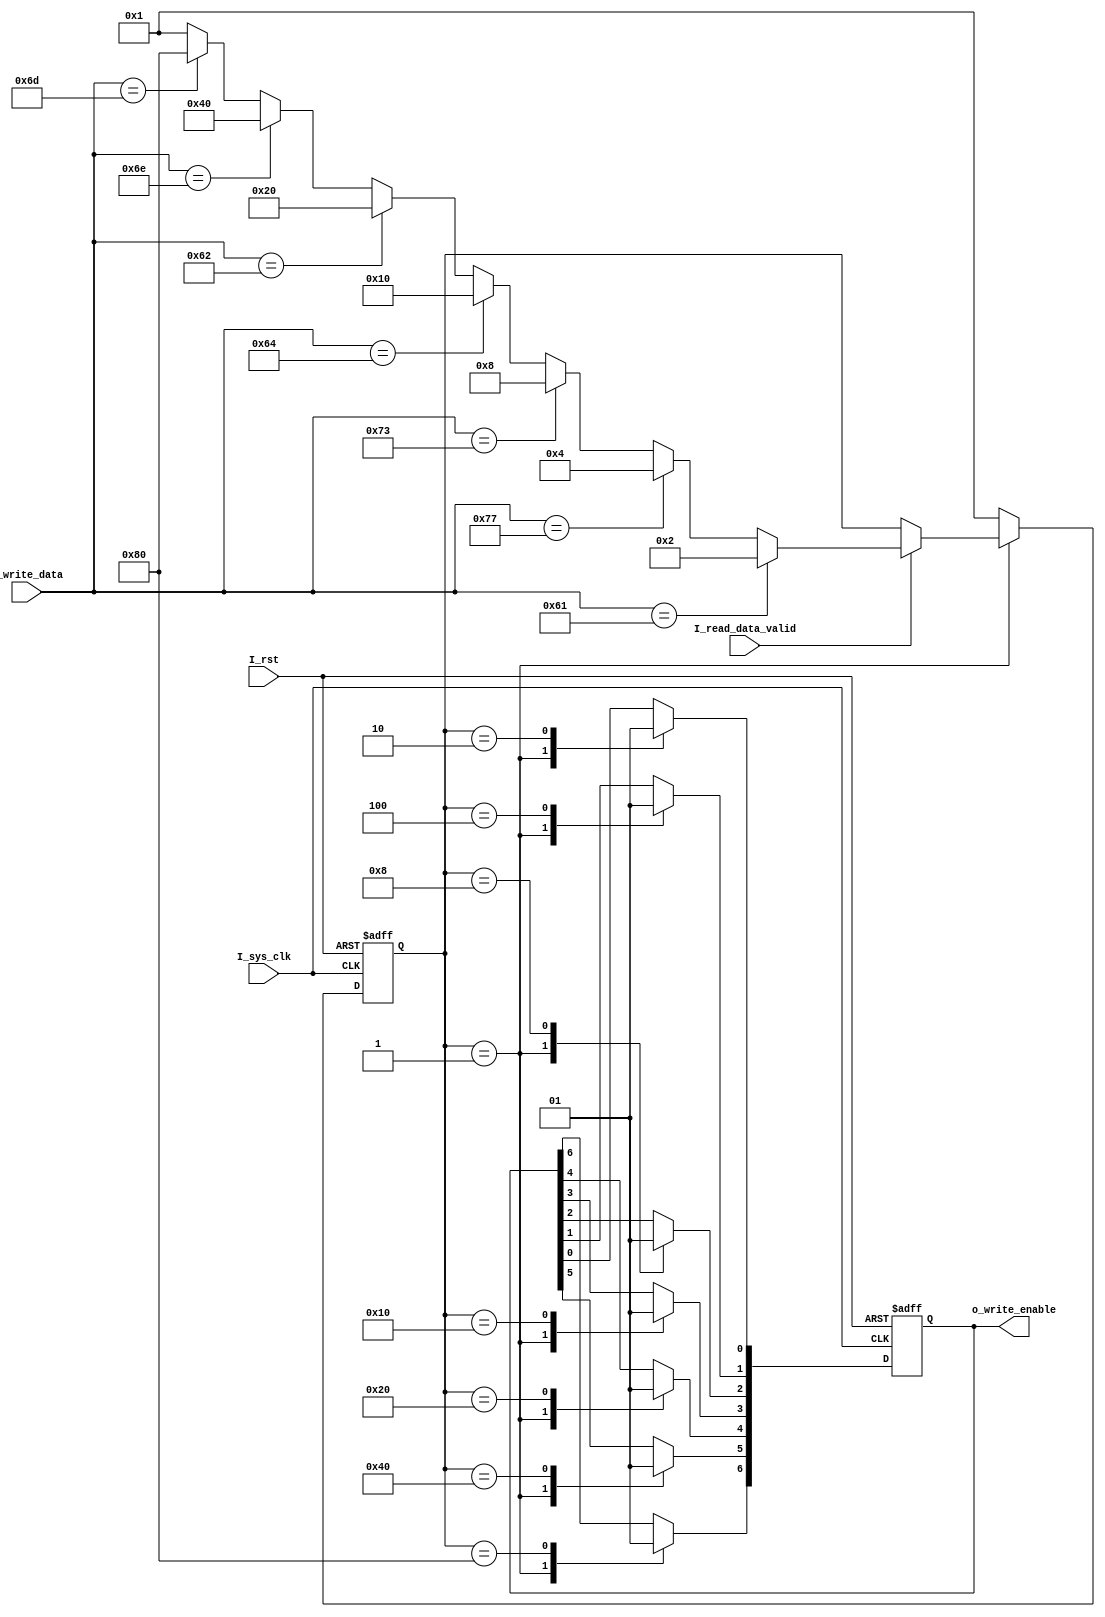
`timescale 1ns / 1ps
//////////////////////////////////////////////////////////////////////////////////
// Company: 
// Engineer: 
// 
// Design Name: 
// Module Name: UART_Check_data
// Project Name: 
// Target Devices: 
// Tool Versions: 
// Description: 
// 
// Dependencies: 
// 
// Revision:
// Revision 0.01 - File Created
// Additional Comments:
// 
//////////////////////////////////////////////////////////////////////////////////
module UART_Check_data
(
    input            I_sys_clk,
    input            I_rst,
    input      [7:0] I_write_data, //8bit ASCII value coming in
    input            I_read_data_valid,

    output reg [6:0] o_write_enable
);
//----------------Assigned Buttons----------------------------
//a [Left movement] = 01100001
//w [top movement] = 01110111
//s [bottom movement] = 01110011
//d [right movemment] = 01100100
//b [scanner start button] = 01100010
//n [scanner reset button] = 01101110
//m [user controller reset button] = 01101101
//----------------------------------------------------

parameter STATE_IDLE            = 8'b00000001;
parameter STATE_LEFT_MOVEMENT   = 8'b00000010;
parameter STATE_TOP_MOVEMENT    = 8'b00000100;
parameter STATE_BOTTOM_MOVEMENT = 8'b00001000;
parameter STATE_RIGHT_MOVEMENT  = 8'b00010000;
parameter STATE_SCANNER_START   = 8'b00100000;
parameter STATE_SCANNER_RST     = 8'b01000000;
parameter STATE_USER_RST        = 8'b10000000;

//----------------------------------------------------

reg [6:0] o_write_enable_next;
reg [7:0] current_state,current_state_next;

//---------------------Sequential Logic----------------------------------------------
always@(posedge I_sys_clk, posedge I_rst)
begin
        if(I_rst == 1)
        begin

        o_write_enable[0] <=0; //left movement
        o_write_enable[1] <=0; //top movement
        o_write_enable[2] <=0; //bottom movement
        o_write_enable[3] <=0; //right movement
        o_write_enable[4] <=0; //scanner start
        o_write_enable[5] <=0; //scanner rst
        o_write_enable[6] <=0; //user rst
        current_state     <= STATE_IDLE;

        end

        else
        begin

        o_write_enable[0] <= o_write_enable_next[0];
        o_write_enable[1] <= o_write_enable_next[1];
        o_write_enable[2] <= o_write_enable_next[2];
        o_write_enable[3] <= o_write_enable_next[3];
        o_write_enable[4] <= o_write_enable_next[4];
        o_write_enable[5] <= o_write_enable_next[5];
        o_write_enable[6] <= o_write_enable_next[6];
        current_state     <= current_state_next;

        end
end

//-------------------------Combinatorial Logic--------------------------------------------
always@(*)
begin

    o_write_enable_next[0]  = o_write_enable[0];
    o_write_enable_next[1]  = o_write_enable[1];
    o_write_enable_next[2]  = o_write_enable[2];
    o_write_enable_next[3]  = o_write_enable[3];
    o_write_enable_next[4]  = o_write_enable[4];
    o_write_enable_next[5]  = o_write_enable[5];
    o_write_enable_next[6]  = o_write_enable[6];
    current_state_next      = current_state;

    case (current_state)
    //----------------------------------------------------
    STATE_IDLE: //00000001
    begin

        o_write_enable_next[0] =    0;
        o_write_enable_next[1] =    0;
        o_write_enable_next[2] =    0;
        o_write_enable_next[3] =    0;
        o_write_enable_next[4] =    0;
        o_write_enable_next[5] =    0;
        o_write_enable_next[6] =    0;

        if(I_read_data_valid == 1)
        begin

            if(I_write_data == 8'b01100001)
            begin

                current_state_next = STATE_LEFT_MOVEMENT;

            end
            else if (I_write_data == 8'b01110111)
            begin

                current_state_next = STATE_TOP_MOVEMENT;

            end
            else if (I_write_data == 8'b01110011)
            begin

                current_state_next = STATE_BOTTOM_MOVEMENT;

            end
            else if (I_write_data == 8'b01100100)
            begin

                current_state_next = STATE_RIGHT_MOVEMENT;

            end
            else if (I_write_data == 8'b01100010)
            begin

                current_state_next = STATE_SCANNER_START;

            end
            else if (I_write_data == 8'b01101110)
            begin

                current_state_next = STATE_SCANNER_RST;

            end
            else if (I_write_data == 8'b01101101)
            begin

                current_state_next = STATE_USER_RST;

            end
            else
            begin

                current_state_next = STATE_IDLE;

            end

        end

    end
    //----------------------------------------------------
    STATE_LEFT_MOVEMENT: //00000010
    begin


        o_write_enable_next[0] = 1;
        current_state_next     = STATE_IDLE;


    end
    //----------------------------------------------------
    STATE_TOP_MOVEMENT: //00000100
    begin

        o_write_enable_next[1] = 1;
        current_state_next     = STATE_IDLE;

    end
    //----------------------------------------------------
    STATE_BOTTOM_MOVEMENT: //00001000
    begin

        o_write_enable_next[2] = 1;
        current_state_next     = STATE_IDLE;

    end
    //----------------------------------------------------
    STATE_RIGHT_MOVEMENT: //00010000
    begin

        o_write_enable_next[3] = 1;
        current_state_next     = STATE_IDLE;

    end
    //----------------------------------------------------
    STATE_SCANNER_START: //00100000
    begin

        o_write_enable_next[4] = 1;
        current_state_next     = STATE_IDLE;

    end
    //----------------------------------------------------
    STATE_SCANNER_RST: //01000000
    begin

        o_write_enable_next[5] = 1;
        current_state_next     = STATE_IDLE;

    end
    //----------------------------------------------------
    STATE_USER_RST: //10000000
    begin

        o_write_enable_next[6] = 1;
        current_state_next     = STATE_IDLE;

    end
    //----------------------------------------------------
    default:
    begin

       current_state_next = STATE_IDLE;

    end
    endcase
end

endmodule